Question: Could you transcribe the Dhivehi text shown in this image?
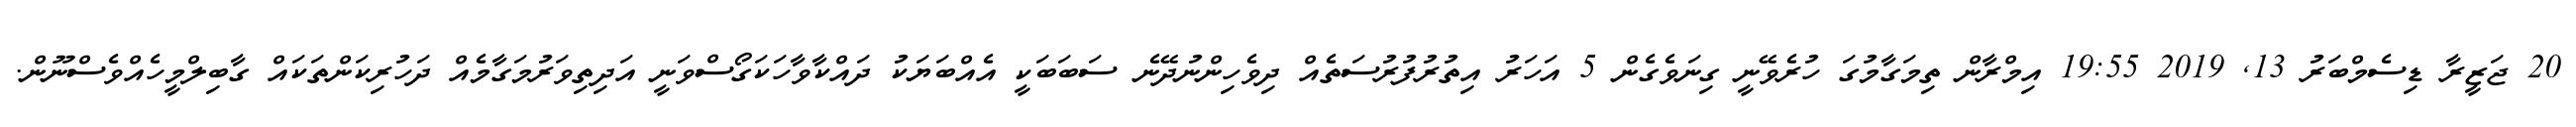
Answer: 20 ޖަޒީރާ ޑިސެމްބަރު 13, 2019 19:55 އިމްރާން ތިމަގާމުގަ ހުރެވޭނީ ގިނަވެގެން 5 އަހަރު އިތުރުފުރުސަތެއް ދިވެހިންނުދޭނެ ސަބަބަކީ އެއްބަޔަކު ދައްކާވާހަކަގޯސްވަނީ އަދިތިވަރުމަގާމެއް ދަހުރިކަންތަކައް ގާބިލްމީހެއްވެސްނޫން.